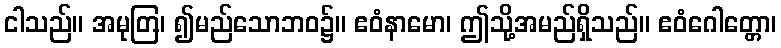
ငါသည်။ အမုတြ၊ ၍မည်သောဘဝ၌။ ဧဝံနာမော၊ ဤသို့အမည်ရှိသည်။ ဧဝံဂေါတ္တော၊